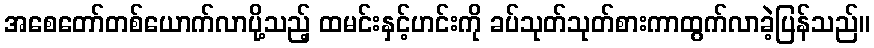
အစေတော်တစ်ယောက်လာပို့သည့် ထမင်းနှင့်ဟင်းကို ခပ်သုတ်သုတ်စားကာထွက်လာခဲ့ပြန်သည်။